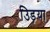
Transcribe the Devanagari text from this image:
उिड़या